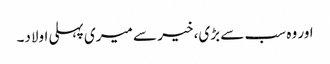
اور وہ سب سے بڑی، خیر سے میری پہلی اولاد۔